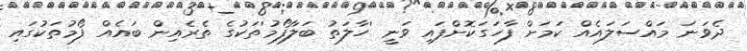
ދެވަނަ މައްސަލައެއް ކަމަށް ފާހަގަކޮށްފައި ވަނީ 'ހާލަތު ބަލާފޯމު'ތަކުގެ ތެރެއިން ބައެއް ފޯމުތަކުގައި